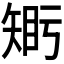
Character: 𥏦